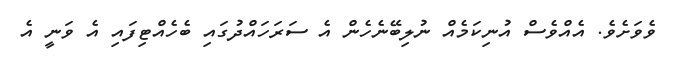
ވެވަށެވެ. އެއްވެސް އުނިކަމެއް ނުލިބޭނެހެން އެ ސަރަހައްދުގައި ބެހެއްޓިފައި އެ ވަނީ އެ